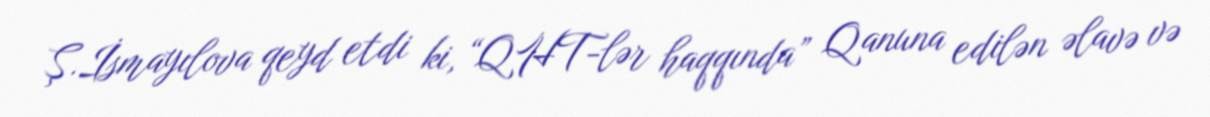
Ş.İsmayılova qeyd etdi ki, “QHT-lər haqqında” Qanuna edilən əlavə və